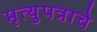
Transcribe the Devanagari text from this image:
मृत्युपत्राचे